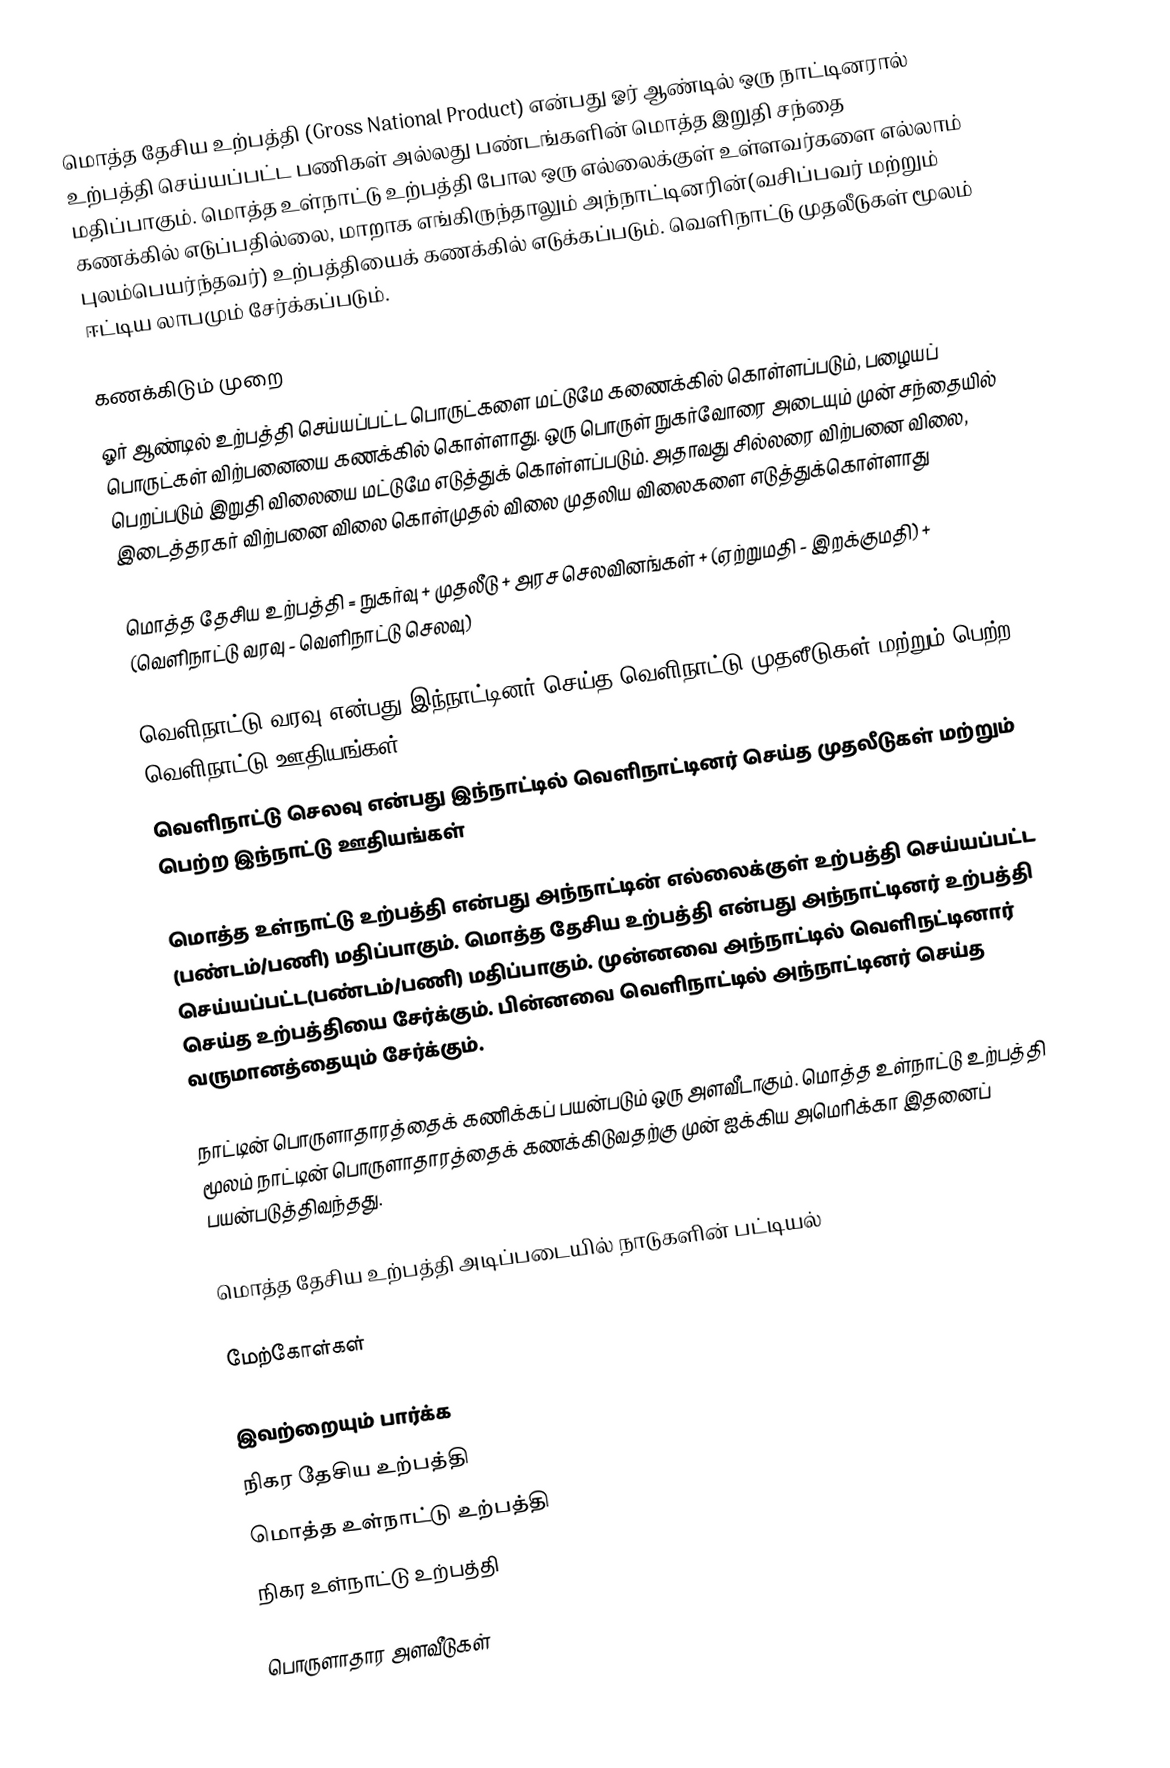
மொத்த தேசிய உற்பத்தி (Gross National Product) என்பது ஓர் ஆண்டில் ஒரு நாட்டினரால் உற்பத்தி செய்யப்பட்ட பணிகள் அல்லது பண்டங்களின் மொத்த இறுதி சந்தை மதிப்பாகும். மொத்த உள்நாட்டு உற்பத்தி போல ஒரு எல்லைக்குள் உள்ளவர்களை எல்லாம் கணக்கில் எடுப்பதில்லை, மாறாக எங்கிருந்தாலும் அந்நாட்டினரின்(வசிப்பவர் மற்றும் புலம்பெயர்ந்தவர்) உற்பத்தியைக் கணக்கில் எடுக்கப்படும். வெளிநாட்டு முதலீடுகள் மூலம் ஈட்டிய லாபமும் சேர்க்கப்படும்.

கணக்கிடும் முறை
ஓர் ஆண்டில் உற்பத்தி செய்யப்பட்ட பொருட்களை மட்டுமே கணைக்கில் கொள்ளப்படும், பழையப் பொருட்கள் விற்பனையை கணக்கில் கொள்ளாது. ஒரு பொருள் நுகர்வோரை அடையும் முன் சந்தையில் பெறப்படும் இறுதி விலையை மட்டுமே எடுத்துக் கொள்ளப்படும். அதாவது சில்லரை விற்பனை விலை, இடைத்தரகர் விற்பனை விலை கொள்முதல் விலை முதலிய விலைகளை எடுத்துக்கொள்ளாது

மொத்த தேசிய உற்பத்தி = நுகர்வு + முதலீடு + அரச செலவினங்கள் + (ஏற்றுமதி - இறக்குமதி) + (வெளிநாட்டு வரவு - வெளிநாட்டு செலவு)

 வெளிநாட்டு வரவு என்பது இந்நாட்டினர் செய்த வெளிநாட்டு முதலீடுகள் மற்றும் பெற்ற வெளிநாட்டு ஊதியங்கள்
 வெளிநாட்டு செலவு என்பது இந்நாட்டில் வெளிநாட்டினர் செய்த முதலீடுகள் மற்றும் பெற்ற இந்நாட்டு ஊதியங்கள்

மொத்த உள்நாட்டு உற்பத்தி என்பது அந்நாட்டின் எல்லைக்குள் உற்பத்தி செய்யப்பட்ட (பண்டம்/பணி) மதிப்பாகும். மொத்த தேசிய உற்பத்தி என்பது அந்நாட்டினர் உற்பத்தி செய்யப்பட்ட(பண்டம்/பணி) மதிப்பாகும். முன்னவை அந்நாட்டில் வெளிநட்டினார் செய்த உற்பத்தியை சேர்க்கும். பின்னவை வெளிநாட்டில் அந்நாட்டினர் செய்த வருமானத்தையும் சேர்க்கும்.

நாட்டின் பொருளாதாரத்தைக் கணிக்கப் பயன்படும் ஒரு அளவீடாகும். மொத்த உள்நாட்டு உற்பத்தி மூலம் நாட்டின் பொருளாதாரத்தைக் கணக்கிடுவதற்கு முன் ஐக்கிய அமெரிக்கா இதனைப் பயன்படுத்திவந்தது.

மொத்த தேசிய உற்பத்தி அடிப்படையில் நாடுகளின் பட்டியல்

மேற்கோள்கள்

இவற்றையும் பார்க்க
 நிகர தேசிய உற்பத்தி
 மொத்த உள்நாட்டு உற்பத்தி
 நிகர உள்நாட்டு உற்பத்தி

பொருளாதார அளவீடுகள்